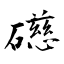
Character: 礠